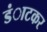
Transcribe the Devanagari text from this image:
डंाटकर